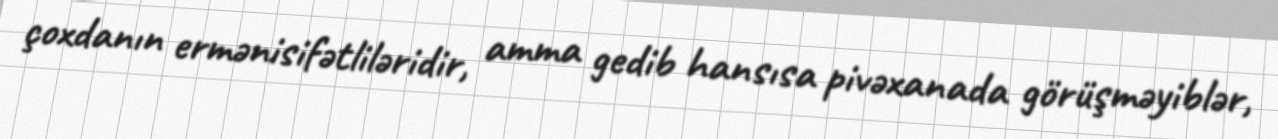
çoxdanın ermənisifətliləridir, amma gedib hansısa pivəxanada görüşməyiblər,